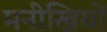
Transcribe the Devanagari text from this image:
मनीखियों